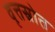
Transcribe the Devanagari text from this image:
वृत्तस्रोत